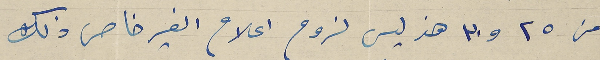
من ٢٥ و٣٠ هذ ليس لزوم اعلام الغير خاص ذلك